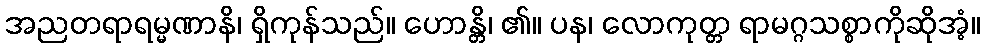
အညတရာရမ္မဏာနိ၊ ရှိကုန်သည်။ ဟောန္တိ၊ ၏။ ပန၊ လောကုတ္တ ရာမဂ္ဂသစ္စာကိုဆိုအံ့။